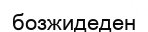
бозжидеден